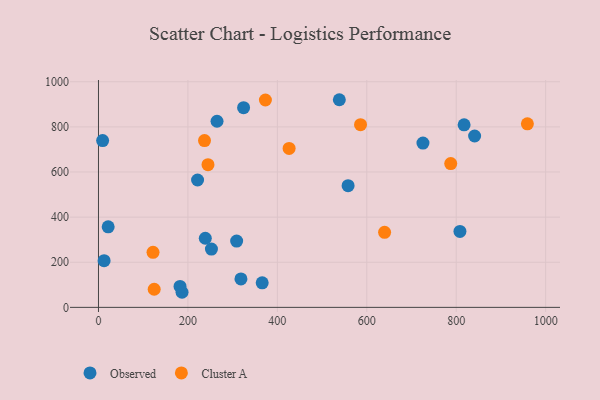
{"axis": {"x": "Study Hours", "y": "Exam Score"}, "legend": ["Cluster A", "Observed"], "data": [{"x": "808.3", "y": 336.5, "type": "Observed"}, {"x": "252.6", "y": 258.2, "type": "Observed"}, {"x": "725.6", "y": 728.1, "type": "Observed"}, {"x": "558.2", "y": 539.3, "type": "Observed"}, {"x": "817.6", "y": 809.2, "type": "Observed"}, {"x": "12.6", "y": 207.1, "type": "Observed"}, {"x": "221.6", "y": 564.6, "type": "Observed"}, {"x": "538.6", "y": 920.4, "type": "Observed"}, {"x": "318.6", "y": 126.0, "type": "Observed"}, {"x": "186.9", "y": 66.9, "type": "Observed"}, {"x": "265.1", "y": 824.9, "type": "Observed"}, {"x": "182.4", "y": 92.8, "type": "Observed"}, {"x": "238.9", "y": 306.4, "type": "Observed"}, {"x": "9.3", "y": 739.3, "type": "Observed"}, {"x": "309.0", "y": 293.9, "type": "Observed"}, {"x": "21.7", "y": 357.1, "type": "Observed"}, {"x": "841.1", "y": 759.5, "type": "Observed"}, {"x": "366.1", "y": 108.6, "type": "Observed"}, {"x": "324.5", "y": 885.1, "type": "Observed"}, {"x": "639.8", "y": 332.7, "type": "Cluster A"}, {"x": "244.9", "y": 632.4, "type": "Cluster A"}, {"x": "373.3", "y": 919.2, "type": "Cluster A"}, {"x": "586.0", "y": 809.9, "type": "Cluster A"}, {"x": "787.7", "y": 637.4, "type": "Cluster A"}, {"x": "124.6", "y": 80.2, "type": "Cluster A"}, {"x": "426.3", "y": 704.4, "type": "Cluster A"}, {"x": "959.1", "y": 813.4, "type": "Cluster A"}, {"x": "237.1", "y": 739.3, "type": "Cluster A"}, {"x": "122.0", "y": 243.9, "type": "Cluster A"}]}